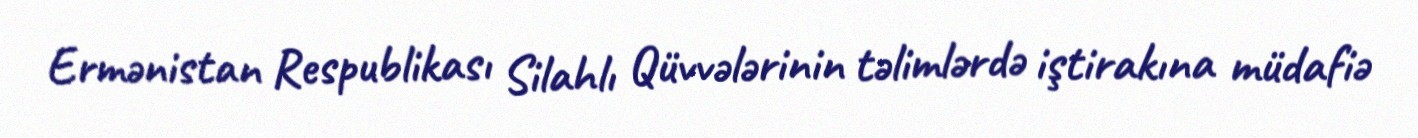
Ermənistan Respublikası Silahlı Qüvvələrinin təlimlərdə iştirakına müdafiə